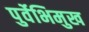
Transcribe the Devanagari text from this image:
पुर्वेभिमुख